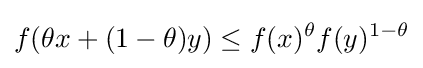
f(\theta x+(1-\theta )y)\leq f(x)^{\theta }f(y)^{1-\theta }